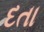
દતા